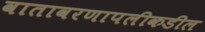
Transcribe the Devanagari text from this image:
वातावरणापलीकडील